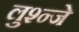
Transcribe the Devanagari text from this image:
लुश्न्जे